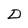
Character: D